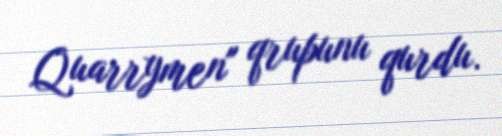
Quarrymen" qrupunu qurdu.